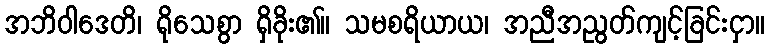
အဘိဝါဒေတိ၊ ရိုသေစွာ ရှိခိုး၏။ သမစရိယာယ၊ အညီအညွတ်ကျင့်ခြင်းငှာ။